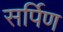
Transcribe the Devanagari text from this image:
सर्पिण